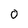
Character: O